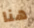
هنا